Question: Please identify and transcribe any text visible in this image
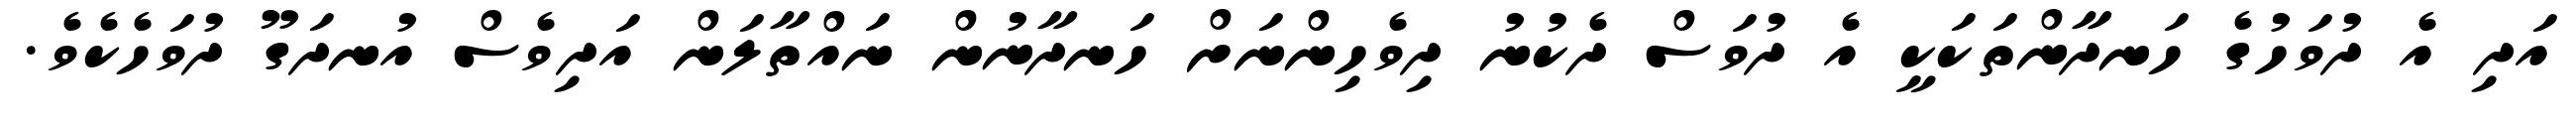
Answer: އަދި އެ ދުވަހުގެ ހަނދާންތަކަކީ އެ ދުވަސް ދެކުނު ދިވެހިންނަށް ހަނދާނުން ނައްތާލަން އަދިވެސް އުނދަގޫ ދުވަހެކެވެ.